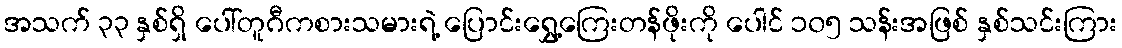
အသက် ၃၃ နှစ်ရှိ ပေါ်တူဂီကစားသမားရဲ့ ပြောင်းရွှေ့ကြေးတန်ဖိုးကို ပေါင် ၁၀၅ သန်းအဖြစ် နှစ်သင်းကြား